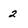
Character: 2